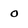
Character: o